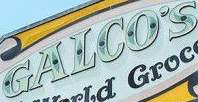
CALCOS